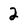
Character: 2